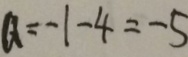
a = - 1 - 4 = - 5